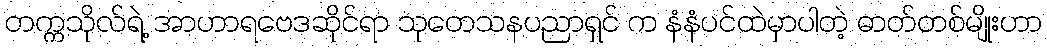
တက္ကသိုလ်ရဲ့ အာဟာရဗေဒဆိုင်ရာ သုတေသနပညာရှင် က နံနံပင်ထဲမှာပါတဲ့ ဓာတ်တစ်မျိုးဟာ